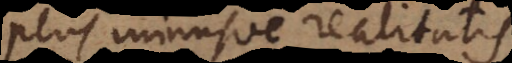
plus minusve realitatis